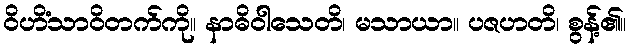
ဝိဟိံသာဝိတက်ကို။ နာဓိဝါသေတိ၊ မသာယာ။ ပဇဟတိ၊ စွန့်၏။